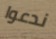
ندعوا